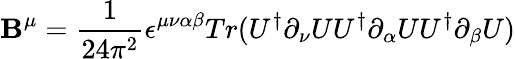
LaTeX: \mathbf{B}^{\mu}=\frac{{1}}{{24\pi^{2}}}\epsilon^{\mu\nu\alpha\beta}Tr(U^{\dagger}\partial_{\nu}UU^{\dagger}\partial_{\alpha}UU^{\dagger}\partial_{\beta}U)